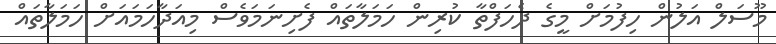
މޫސަލް އަލުން ހިފުމަށް މީގެ ދެހަފްތާ ކުރިން ހަމަލާތައް ފެށިނަމަވެސް މިއަދާހަމައަށް ހަމަލާތައް